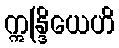
ဣန္ဒြိယေဟိ